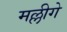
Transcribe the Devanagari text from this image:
मल्लीगे